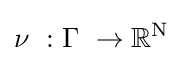
\nu \ :\Gamma \ \to \mathbb {R} ^{\mathrm {N} }